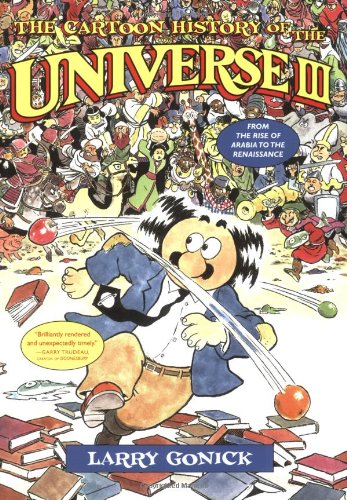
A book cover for The Cartoon History of the Universe III: From the Rise of Arabia to the Renaissance (Cartoon History of the Modern World); Larry Gonick; Comics & Graphic Novels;